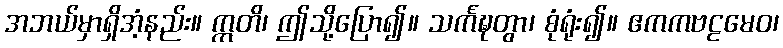
အဘယ်မှာရှိအံ့နည်း။ ဣတိ၊ ဤသို့ပြော၍။ သင်္ကဍ္ဎတွာ၊ စုံရုံး၍။ ဧကကဗဠမေဝ၊